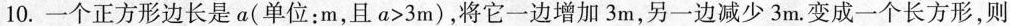
10.一个正方形边长是a(单位：m，且$$a > 3 m$$)，将它一边增加3m，另一边减少3m。变成一个长方形，则